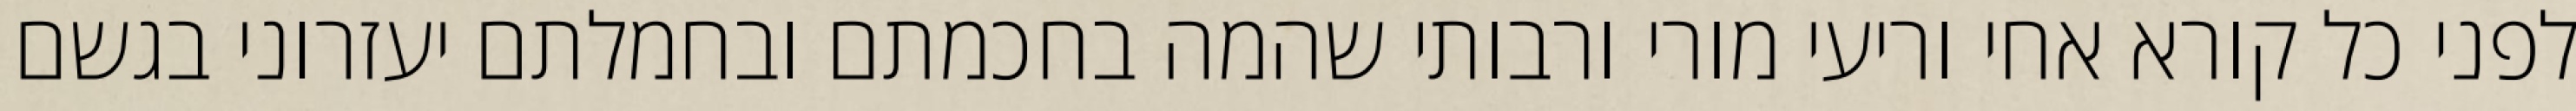
לפני כל קורא אחי וריעי מורי ורבותי שהמה בחכמתם ובחמלתם יעזרוני בגשם